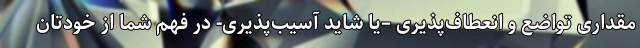
مقداری تواضع و انعطاف‌پذیری –یا شاید آسیب‌پذیری- در فهم‌ شما از خودتان